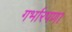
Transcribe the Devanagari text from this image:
गर्भारपणा